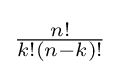
\textstyle {\frac {n!}{k!(n-k)!}}